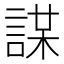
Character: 𧩜